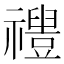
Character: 𱵱